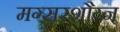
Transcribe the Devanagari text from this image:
मग्सरशौय्न